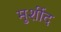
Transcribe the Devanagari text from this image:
मुर्शीद